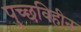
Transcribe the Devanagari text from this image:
पुच्छविहीन